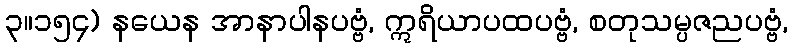
၃။၁၅၄) နယေန အာနာပါနပဗ္ဗံ, ဣရိယာပထပဗ္ဗံ, စတုသမ္ပဇညပဗ္ဗံ,